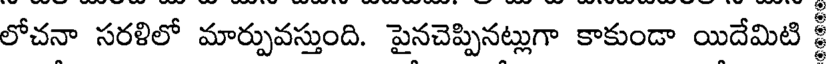
లోచనా సరళిలో మార్పువస్తుంది. పైనచెప్పినట్లుగా కాకుండా యిదేమిటి